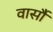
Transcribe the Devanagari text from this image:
वार्सौ